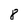
Character: 8